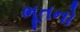
ભૂતનો